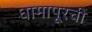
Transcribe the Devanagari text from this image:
धामापूरची